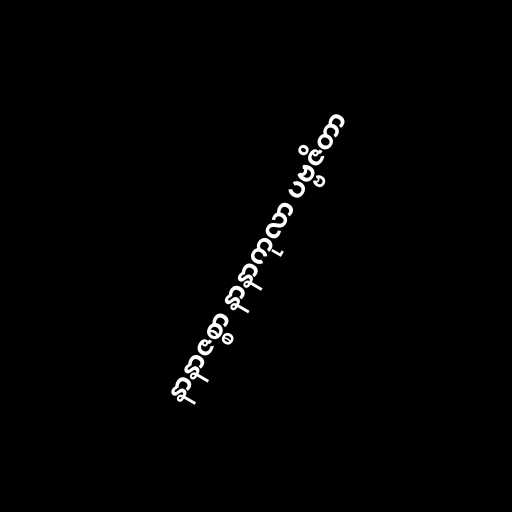
နာနာဇစ္စာ နာနာကုလာ ပဗ္ဗဇိတာ